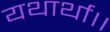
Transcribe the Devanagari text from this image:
यथार्था।।